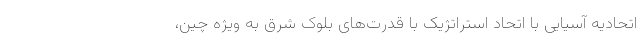
اتحادیه آسیایی با اتحاد استراتژیک با قدرت‌های بلوک شرق به ویژه چین،